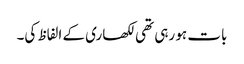
بات ہو رہی تھی لکھاری کے الفاظ کی۔